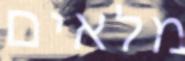
מלאים